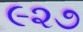
૯૨૭